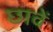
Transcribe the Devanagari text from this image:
छावें